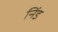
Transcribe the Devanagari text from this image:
निंड